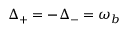
{ \Delta } _ { + } = - { \Delta } _ { - } = \omega _ { b }